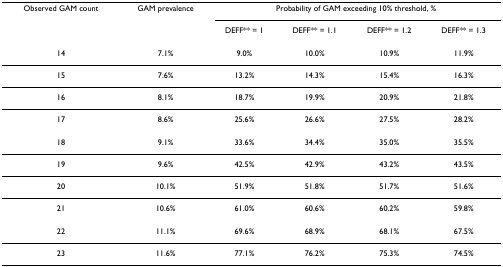
<table><thead><tr><td><b>Observed GAM count</b></td><td><b>GAM prevalence</b></td><td colspan="4"><b>Probability of GAM exceeding 10% threshold, %</b></td></tr><tr><td></td><td></td><td><b>DEFF** = 1</b></td><td><b>DEFF** = 1.1</b></td><td><b>DEFF** = 1.2</b></td><td><b>DEFF** = 1.3</b></td></tr></thead><tbody><tr><td>14</td><td>7.1%</td><td>9.0%</td><td>10.0%</td><td>10.9%</td><td>11.9%</td></tr><tr><td>15</td><td>7.6%</td><td>13.2%</td><td>14.3%</td><td>15.4%</td><td>16.3%</td></tr><tr><td>16</td><td>8.1%</td><td>18.7%</td><td>19.9%</td><td>20.9%</td><td>21.8%</td></tr><tr><td>17</td><td>8.6%</td><td>25.6%</td><td>26.6%</td><td>27.5%</td><td>28.2%</td></tr><tr><td>18</td><td>9.1%</td><td>33.6%</td><td>34.4%</td><td>35.0%</td><td>35.5%</td></tr><tr><td>19</td><td>9.6%</td><td>42.5%</td><td>42.9%</td><td>43.2%</td><td>43.5%</td></tr><tr><td>20</td><td>10.1%</td><td>51.9%</td><td>51.8%</td><td>51.7%</td><td>51.6%</td></tr><tr><td>21</td><td>10.6%</td><td>61.0%</td><td>60.6%</td><td>60.2%</td><td>59.8%</td></tr><tr><td>22</td><td>11.1%</td><td>69.6%</td><td>68.9%</td><td>68.1%</td><td>67.5%</td></tr><tr><td>23</td><td>11.6%</td><td>77.1%</td><td>76.2%</td><td>75.3%</td><td>74.5%</td></tr></tbody></table>